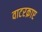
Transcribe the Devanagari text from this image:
वाटरक्राप्ट